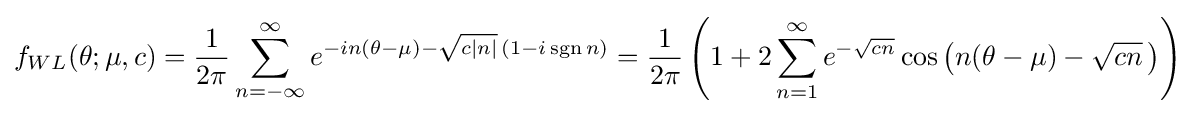
f_{WL}(\theta ;\mu ,c)={\frac {1}{2\pi }}\sum _{n=-\infty }^{\infty }e^{-in(\theta -\mu )-{\sqrt {c|n|}}\,(1-i\operatorname {sgn} {n})}={\frac {1}{2\pi }}\left(1+2\sum _{n=1}^{\infty }e^{-{\sqrt {cn}}}\cos \left(n(\theta -\mu )-{\sqrt {cn}}\,\right)\right)